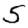
Digit: 5